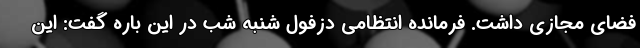
فضای مجازی داشت. فرمانده انتظامی دزفول شنبه شب در این باره گفت: این